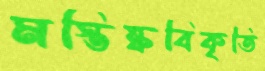
মস্তিষ্কবিকৃতি